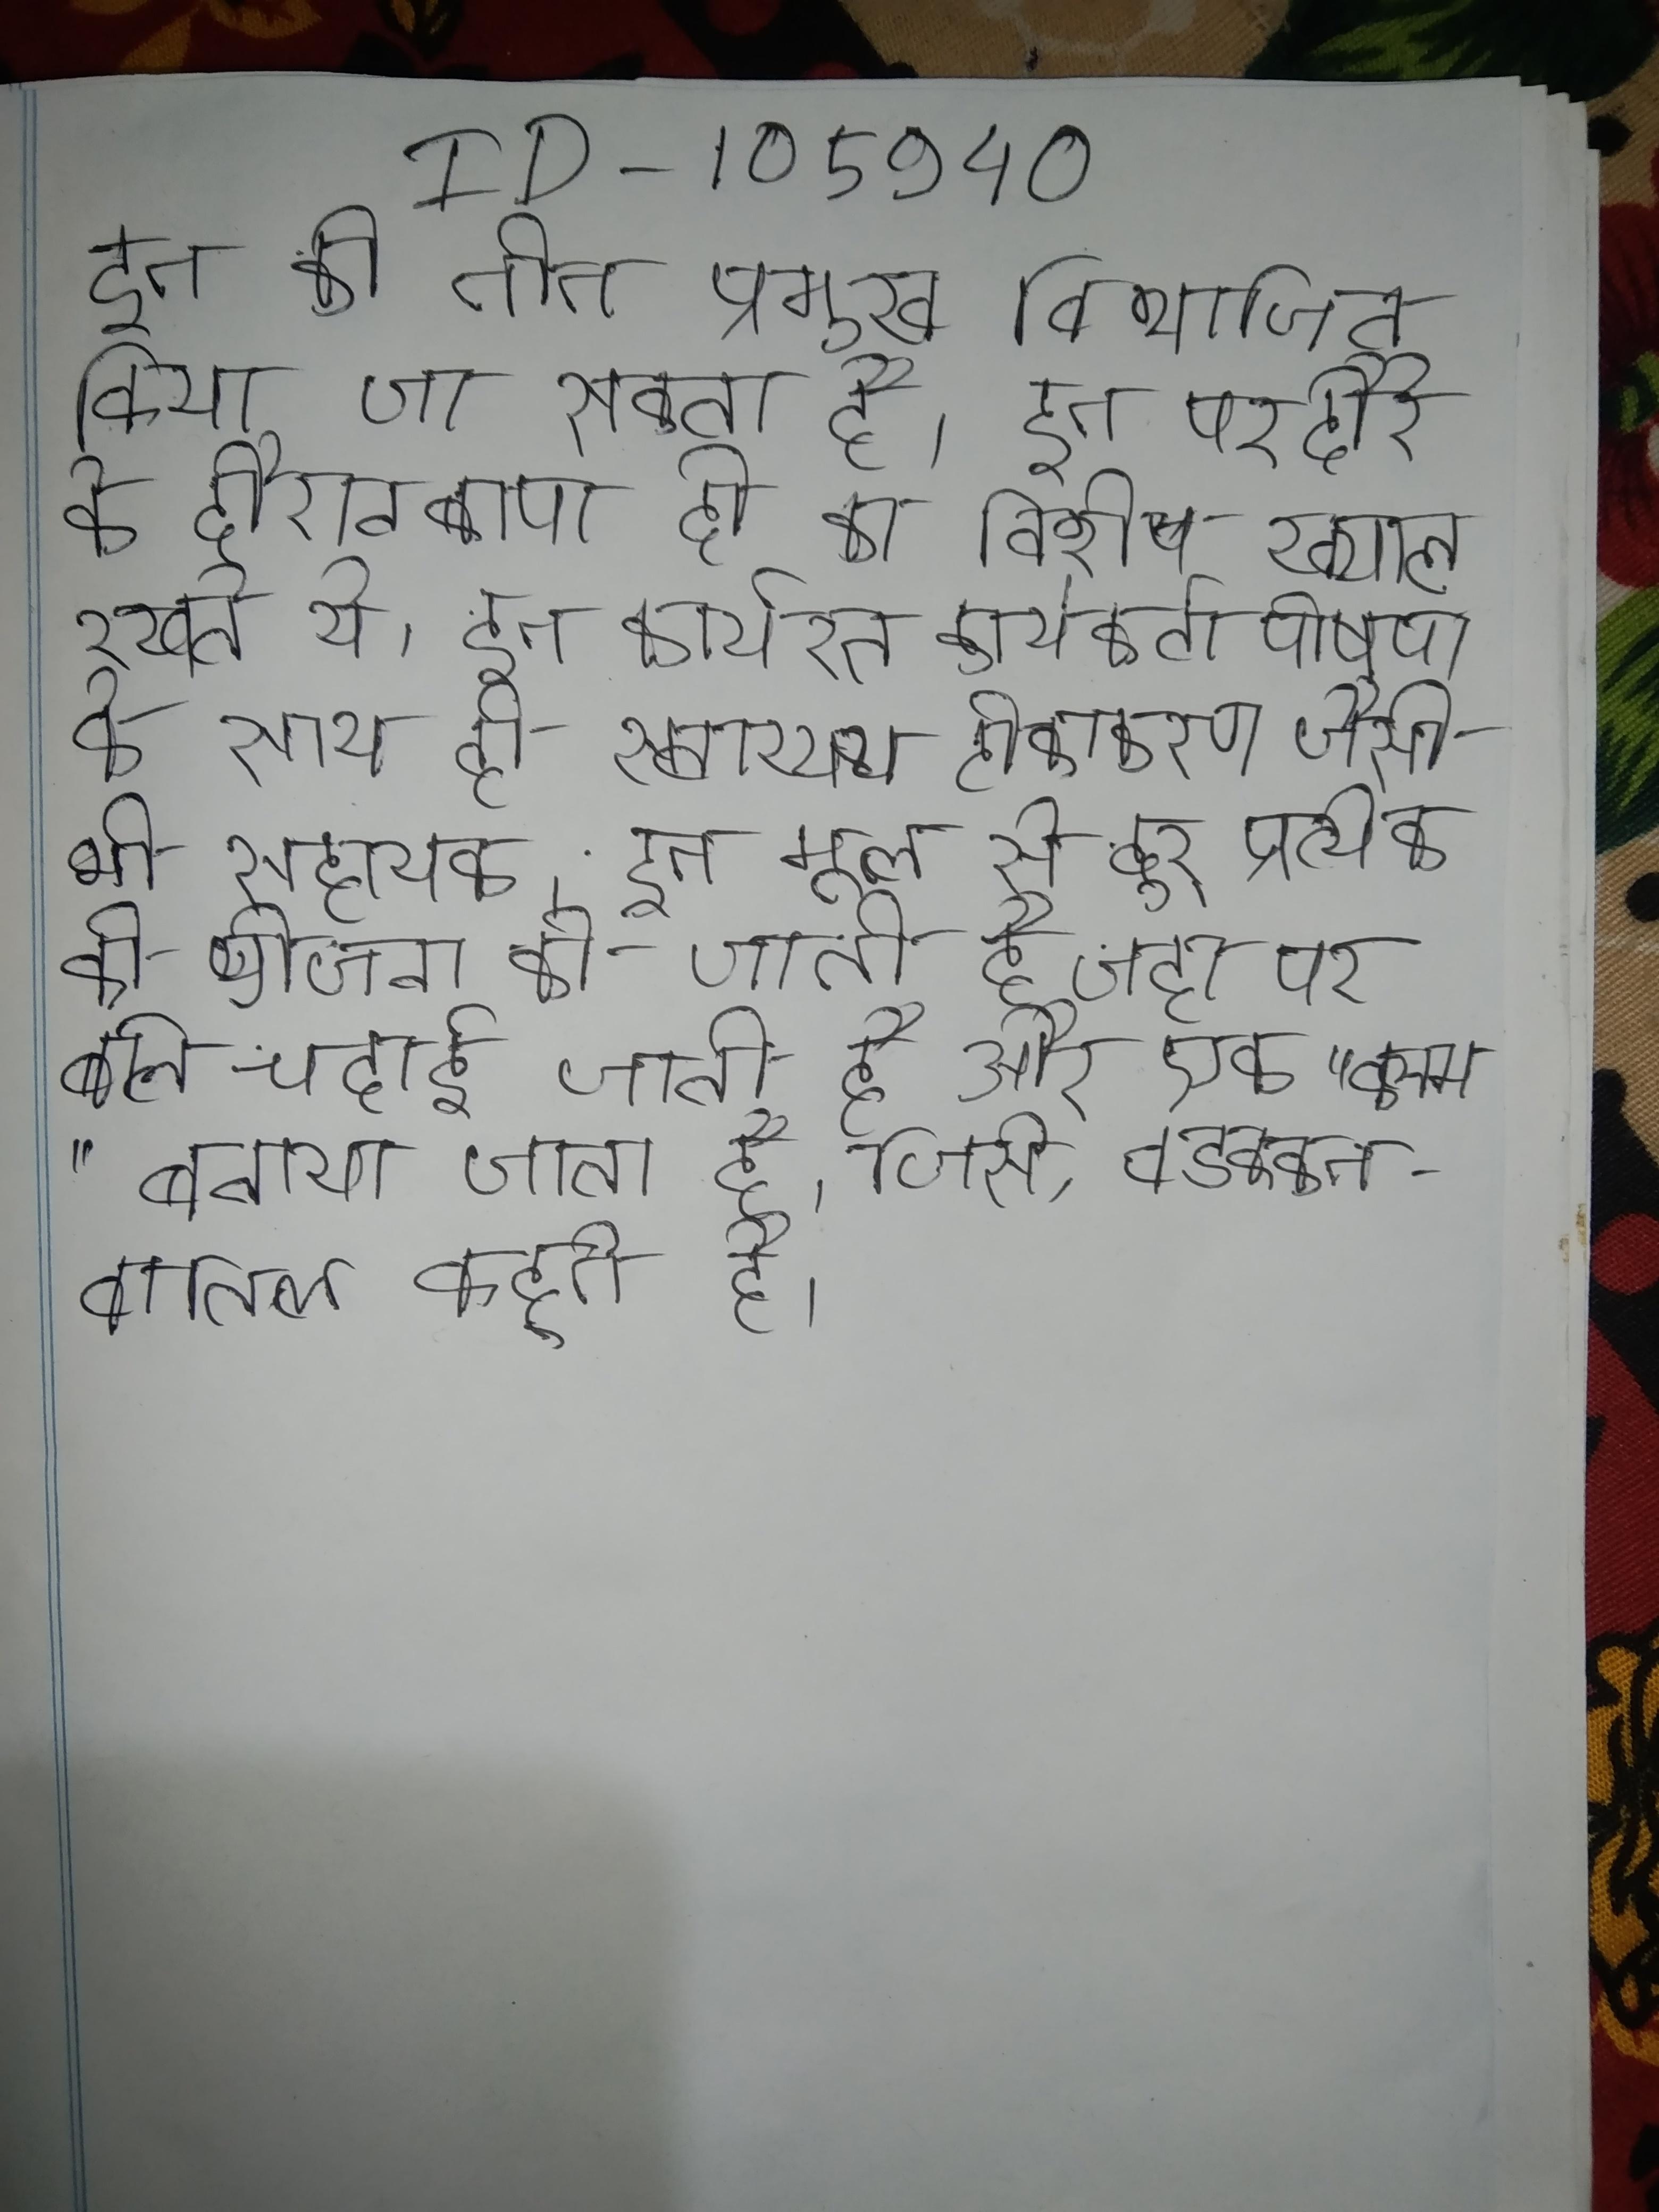
इन को तीन प्रमुख विभाजित किया जा सकता है । इन पर दौरे के दौरान बापा दो का विशेष ख्याल रखते थे । इन कार्यरत कार्यकर्ता पोषण के साथ ही स्वास्थ्य टीकाकरण जैसी भी सहायक । इन मूल से दूर् प्रत्येक की योजना की जाती है जहा पर बलि चदाई जाती है और एक "कलम" बनाया जाता है, जिसे, वडक्कनवातिल कहते है ।